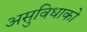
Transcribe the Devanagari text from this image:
असुविधाको